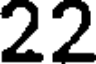
22